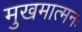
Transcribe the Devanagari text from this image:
मुखमात्मनः